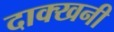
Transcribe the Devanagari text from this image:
दाक्खनी